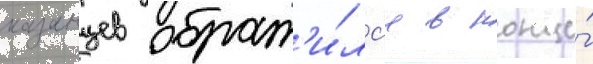
казанцев обрат'и́лс'я в конце́